Development of the parasite of Indian kala azar - Number 53
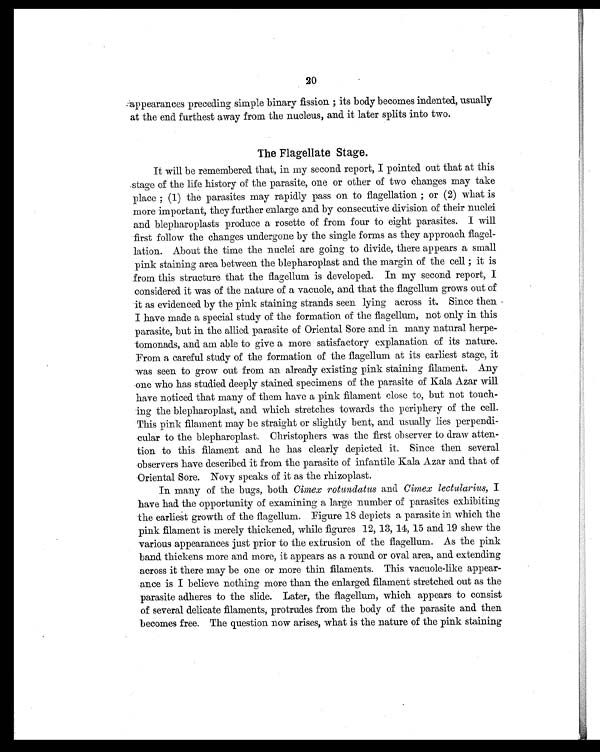
20
appearances preceding simple binary fission ; its body becomes indented, usually
at the end furthest away from the nucleus, and. it later splits into two.
The Flagellate Stage.
It will be remembered that, in my second report, I pointed out that at this
stage of the life history of the parasite, one or other of two changes may take
place ; (1) the parasites may rapidly pass on to flagellation ; or (2) what is
more important, they further enlarge and by consecutive division of their nuclei
and blepharoplasts produce a rosette of from four to eight parasites. I will
first follow the changes undergone by the single forms as they approach flagel-
lation. About the time the nuclei are going to divide, there appears a small
pink staining area between the blepharoplast and the margin of the cell ; it is
from this structure that the flagellum is developed. In my second report, I
considered it was of the nature of a vacuole, and that the flagellum grows out of
it as evidenced by the pink staining strands seen lying across it. Since then
I have made a special study of the formation of the flagellum, not only in this
parasite, but in the allied parasite of Oriental Sore and in many natural herpe-
tomonads, and am able to give a more satisfactory explanation of its nature.
From a careful study of the formation of the flagellum at its earliest stage, it
was seen to grow out from an already existing pink staining filament. Any
one who has studied deeply stained specimens of the parasite of Kala Azar will
have noticed that many of them have a pink filament close to, but not touch-
ing the blepharoplast, and which stretches towards the periphery of the cell.
This pink filament may be straight or slightly bent, and usually lies perpendi-
cular to the blepharoplast. Christophers was the first observer to draw atten-
tion to this filament and he has clearly depicted it. Since then several
observers have described it from the parasite of infantile Kala Azar and that of
Oriental Sore. Novy speaks of it as the rhizoplast.
In many of the bugs, both Cimex rotundatus and Cimex lectularius, I
have had the opportunity of examining a large number of parasites exhibiting
the earliest growth of the flagellum. Figure 1S depicts a parasite in which the
pink filament is merely thickened, while figures 12, 13, 14, 15 and 19 shew the
various appearances just prior to the extrusion of the flagellum. As the pink
band. thickens more and more, it appears as a round or oval area, and extending
across it there may be one or more thin filaments. This vacuole-like appear-
ance is I believe nothing more than the enlarged filament stretched out as the
parasite adheres to the slide. Later, the flagellum, which appears to consist
of several delicate filaments, protrudes from the body of the parasite and then
becomes free. The question now arises, what is the nature of the pink staining